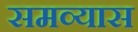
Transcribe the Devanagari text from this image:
समव्यास